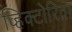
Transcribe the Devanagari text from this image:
व्हिक्टोरिव्ना